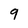
Character: 9